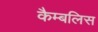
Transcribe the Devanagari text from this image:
कैम्बलिस